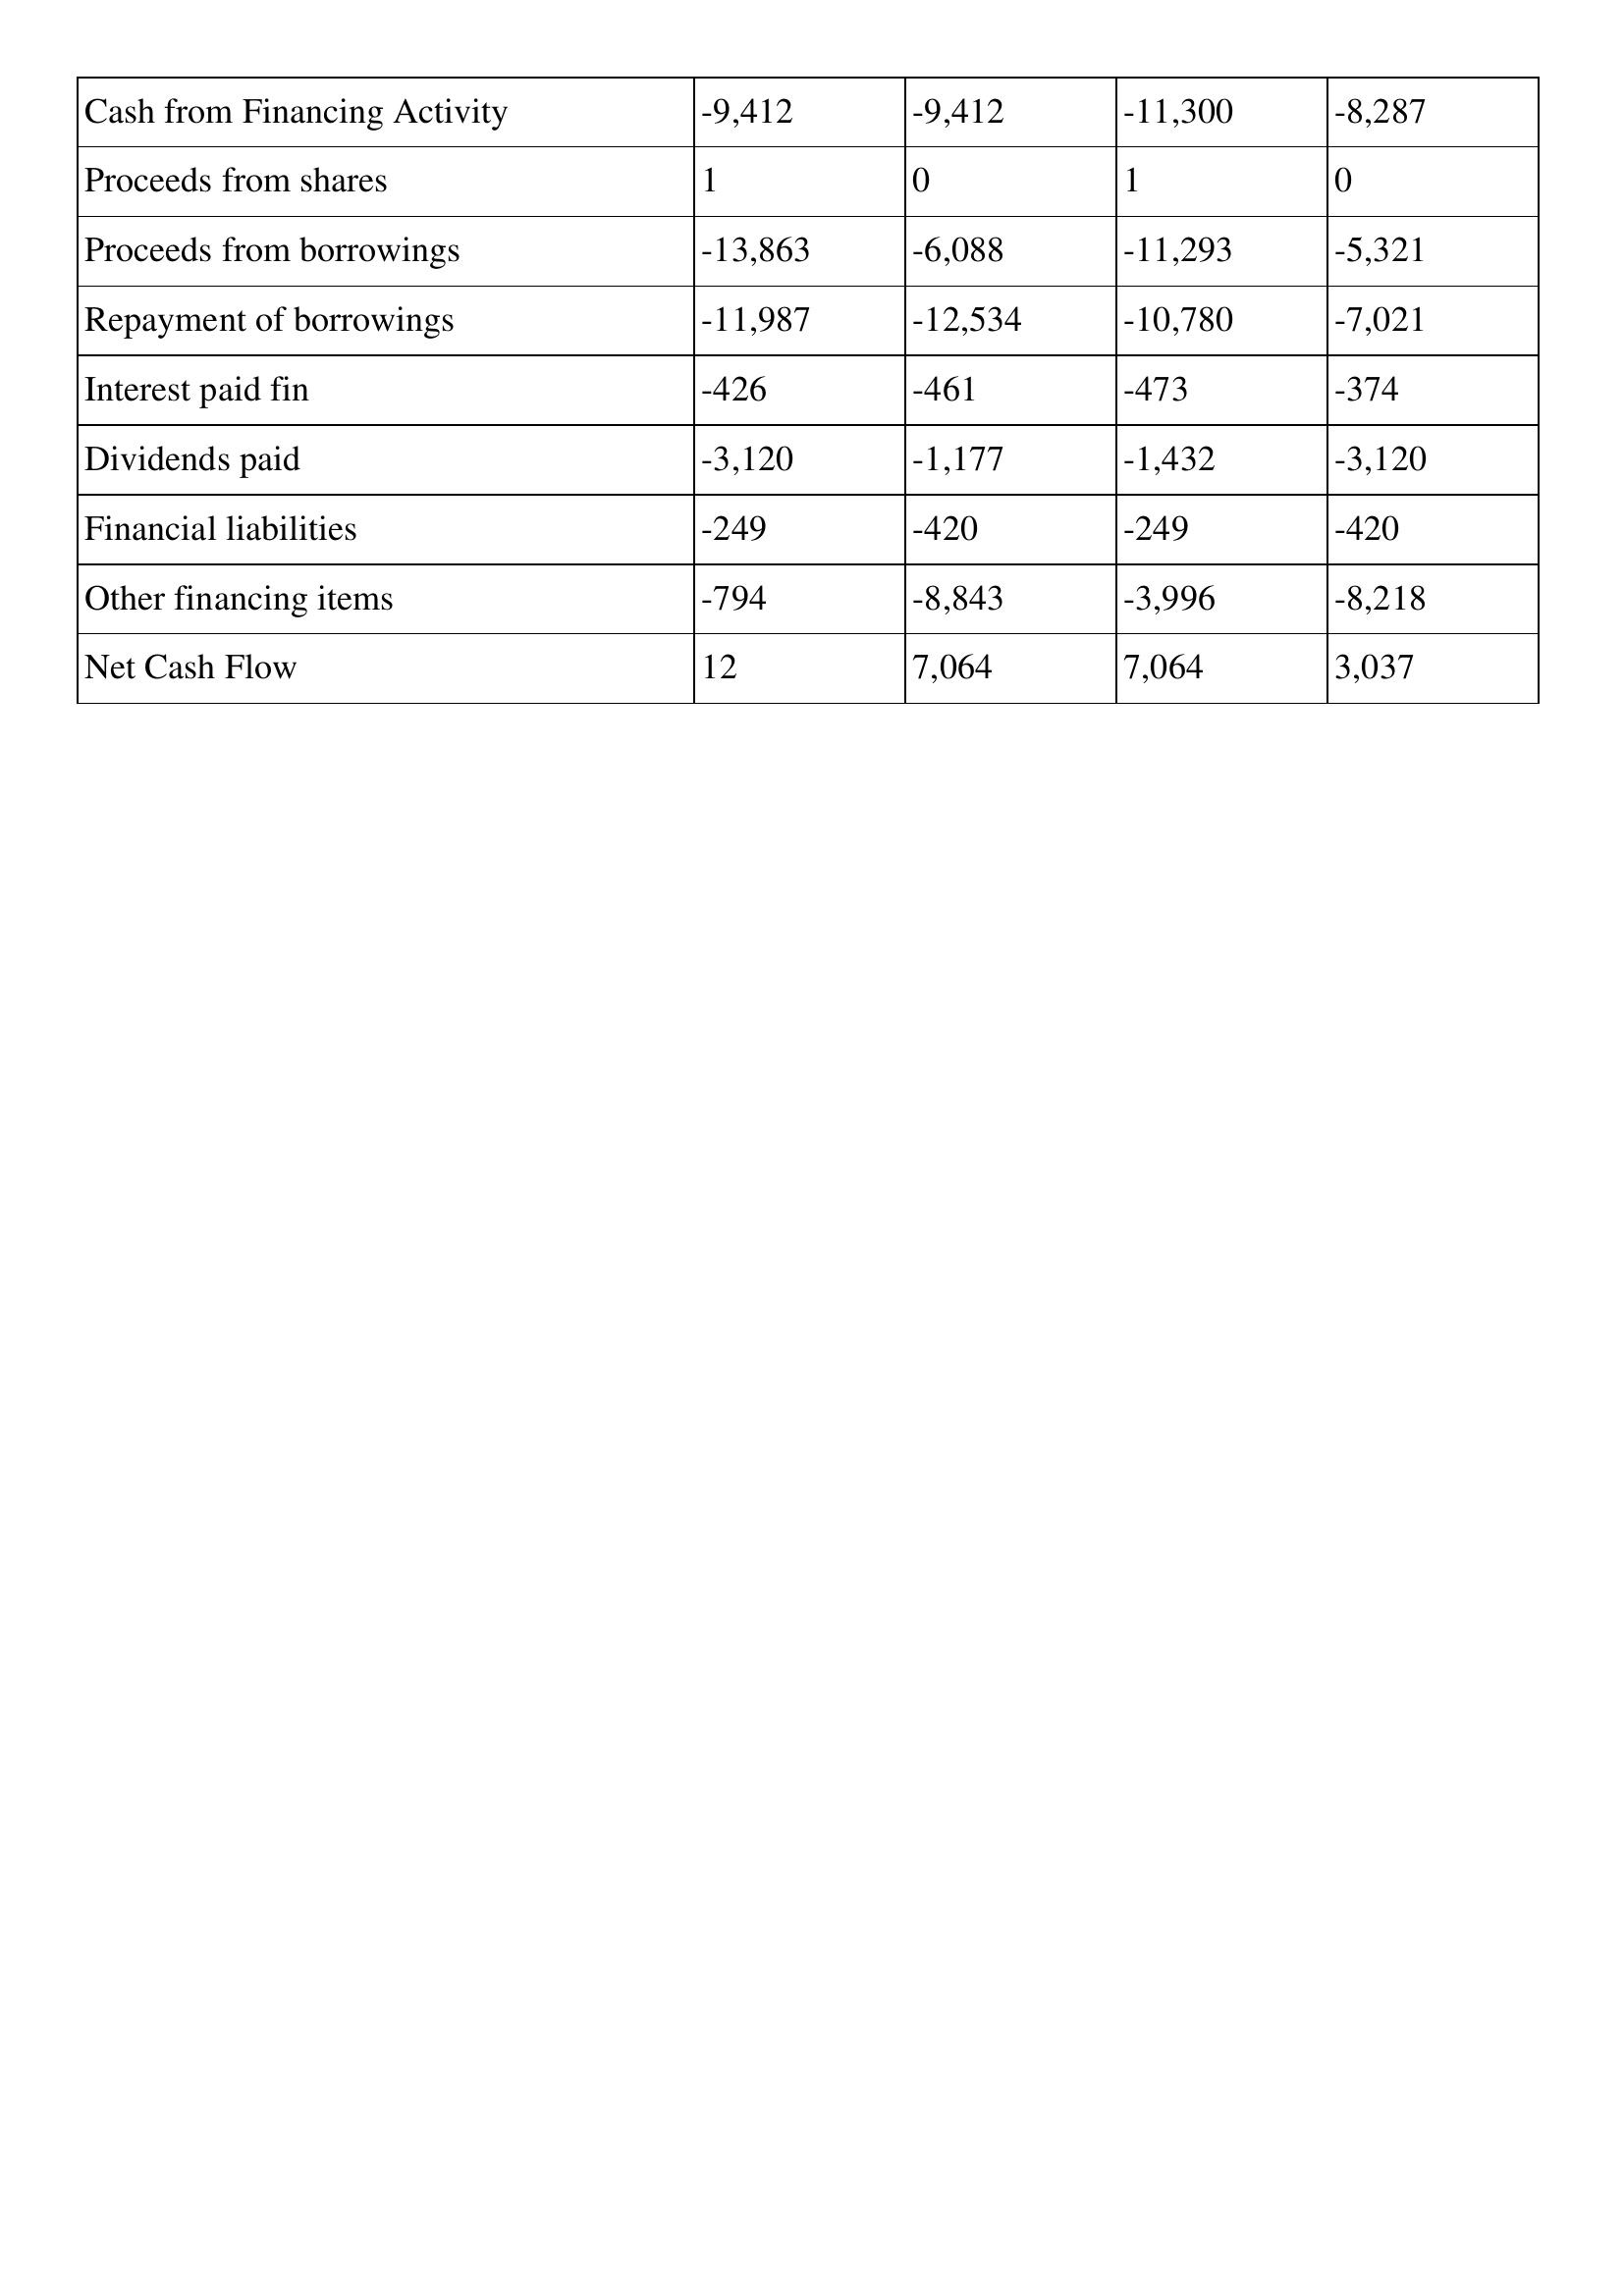
gt_parse: 2007: Cash Flows: Cash from Financing Activity: -9,412
Proceeds from shares: 1
Proceeds from borrowings: -13,863
Repayment of borrowings: -11,987
Interest paid fin: -426
Dividends paid: -3,120
Financial liabilities: -249
Other financing items: -794
Net Cash Flow: 12
2006: Cash Flows: Cash from Financing Activity: -9,412
Proceeds from shares: 0
Proceeds from borrowings: -6,088
Repayment of borrowings: -12,534
Interest paid fin: -461
Dividends paid: -1,177
Financial liabilities: -420
Other financing items: -8,843
Net Cash Flow: 7,064
2005: Cash Flows: Cash from Financing Activity: -11,300
Proceeds from shares: 1
Proceeds from borrowings: -11,293
Repayment of borrowings: -10,780
Interest paid fin: -473
Dividends paid: -1,432
Financial liabilities: -249
Other financing items: -3,996
Net Cash Flow: 7,064
2004: Cash Flows: Cash from Financing Activity: -8,287
Proceeds from shares: 0
Proceeds from borrowings: -5,321
Repayment of borrowings: -7,021
Interest paid fin: -374
Dividends paid: -3,120
Financial liabilities: -420
Other financing items: -8,218
Net Cash Flow: 3,037